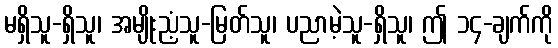
မရှိသူ-ရှိသူ၊ အမျိုးညံ့သူ-မြတ်သူ၊ ပညာမဲ့သူ-ရှိသူ၊ ဤ ၁၄-ချက်ကို